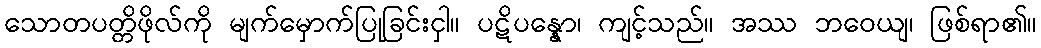
သောတပတ္တိဖိုလ်ကို မျက်မှောက်ပြုခြင်းငှါ။ ပဋိပန္နော၊ ကျင့်သည်။ အဿ ဘဝေယျ၊ ဖြစ်ရာ၏။